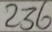
2 3 6